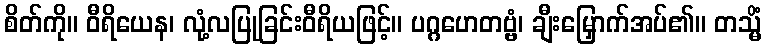
စိတ်ကို။ ဝီရိယေန၊ လုံ့လပြုခြင်းဝီရိယဖြင့်။ ပဂ္ဂဟေတဗ္ဗံ၊ ချီးမြှောက်အပ်၏။ တသ္မိံ